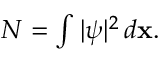
\begin{array} { r } { N = \int | \psi | ^ { 2 } \, d { \bf x } . } \end{array}